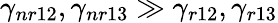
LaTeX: \gamma_{nr12},\gamma_{nr13}\gg\gamma_{r12},\gamma_{r13}